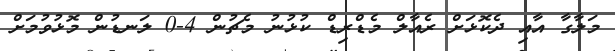
މަލާގާ އާއި ދެކޮޅަށް ރެއާލް މެޑްރިޑް ކުޅުނު މެޗުން 4-0 ލަނޑުން މޮޅުވުމަށް